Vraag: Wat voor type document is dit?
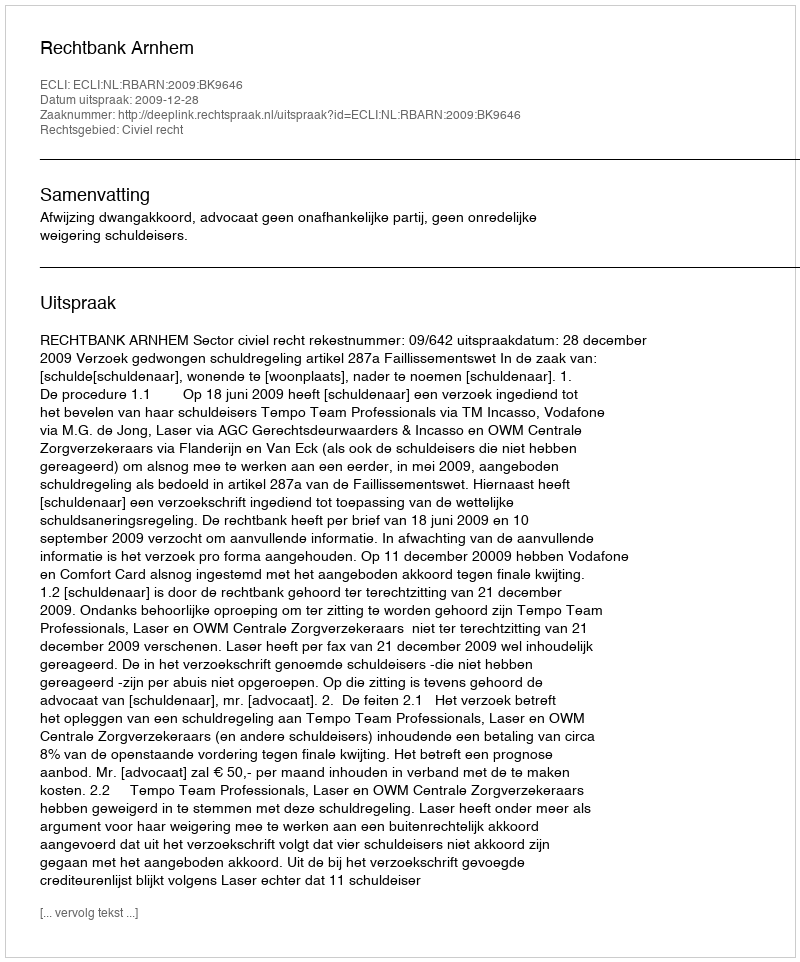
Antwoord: Uitspraak